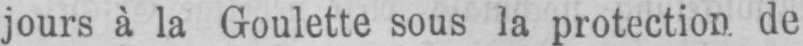
jours à la Goulette sous la protection de